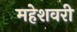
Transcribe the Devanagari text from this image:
महेशवरी